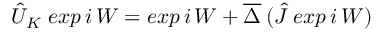
\hat { U } _ { K } \; e x p \, i \, W = e x p \, i \, W + \overline { { { \Delta } } } \: ( \hat { J } \: e x p \, i \, W )